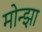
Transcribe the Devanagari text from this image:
मोन्झा